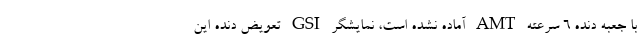
با جعبه دنده ۶ سرعته AMT آماده نشده است، نمایشگر GSI تعویض دنده این